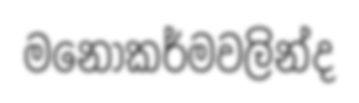
මනෝකර්මවලින්ද